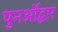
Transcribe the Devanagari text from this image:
पुनर्ओद्धार